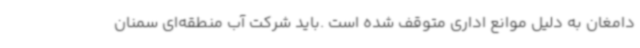
دامغان به دلیل موانع اداری متوقف شده است .باید شرکت آب منطقه‌ای سمنان